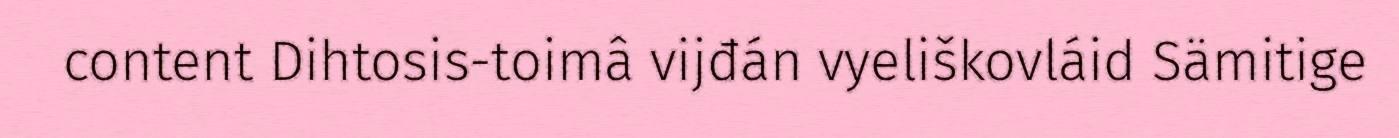
content Dihtosis-toimâ vijđán vyeliškovláid Sämitige